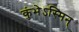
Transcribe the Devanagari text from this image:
कुंभेऽस्मिन्